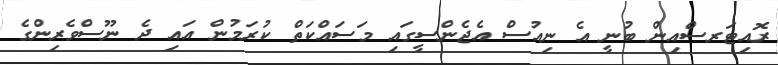
ރޮއިޓަރސްއިން ބުނީ އެ ނިއުސް އެޖެންސީގައި މަސައްކަތް ކުރަމުން އައި ދެ ނޫސްވެރިންގެ